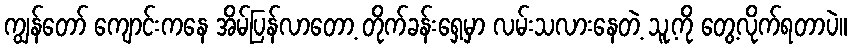
ကျွန်တော် ကျောင်းကနေ အိမ်ပြန်လာတော့ တိုက်ခန်းရှေ့မှာ လမ်းသလားနေတဲ့ သူ့ကို တွေ့လိုက်ရတာပဲ။